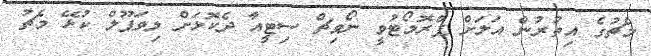
މެޗުގެ އިތުރުން އަލަށް ޕްރޮމޯޓުވީ ނޯވިޗް ސިޓީއާ ދެކޮޅަށް ލިވަޕޫލް ކުޅޭ މެޗު